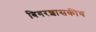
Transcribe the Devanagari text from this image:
बिगरशासकीय